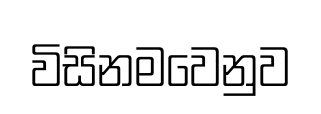
විසිනමවෙනුව